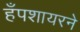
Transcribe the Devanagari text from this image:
हँपशायरने